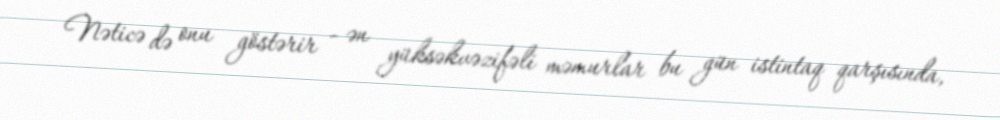
Nəticə də onu göstərir - ən yüksəkvəzifəli məmurlar bu gün istintaq qarşısında,